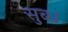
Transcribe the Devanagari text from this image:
सुब्ध